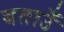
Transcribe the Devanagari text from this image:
बताउँ